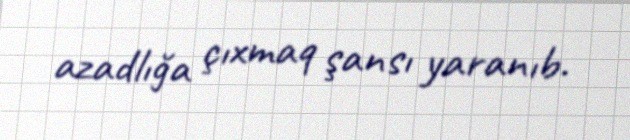
azadlığa çıxmaq şansı yaranıb.